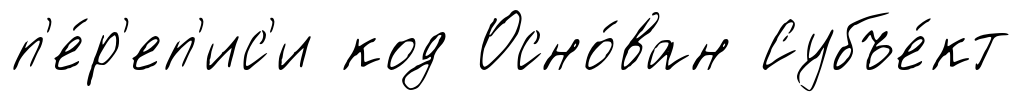
п'е́р'еп'ис'и код Осно́ван Субъе́кт